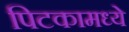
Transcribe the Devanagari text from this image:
पिटकामध्ये